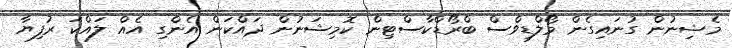
މެޝިނުން ގުނައިގެން މޯލްޑިވްސް ބްރޯޑްކާސްޓިން ކޮމިޝަނުން ދައްކަން އެންގި އެއް ލައްކަ ރުފިޔާ